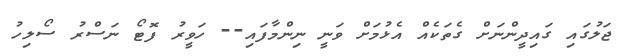
ޖަލުގައި ގައިދީންނަށް ގެތަކެއް އެޅުމަށް ވަނީ ނިންމާފައި-- ހަވީރު ފޮޓޯ ނަސްރު ސޯލިހު